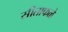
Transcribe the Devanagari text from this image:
सीताफळे